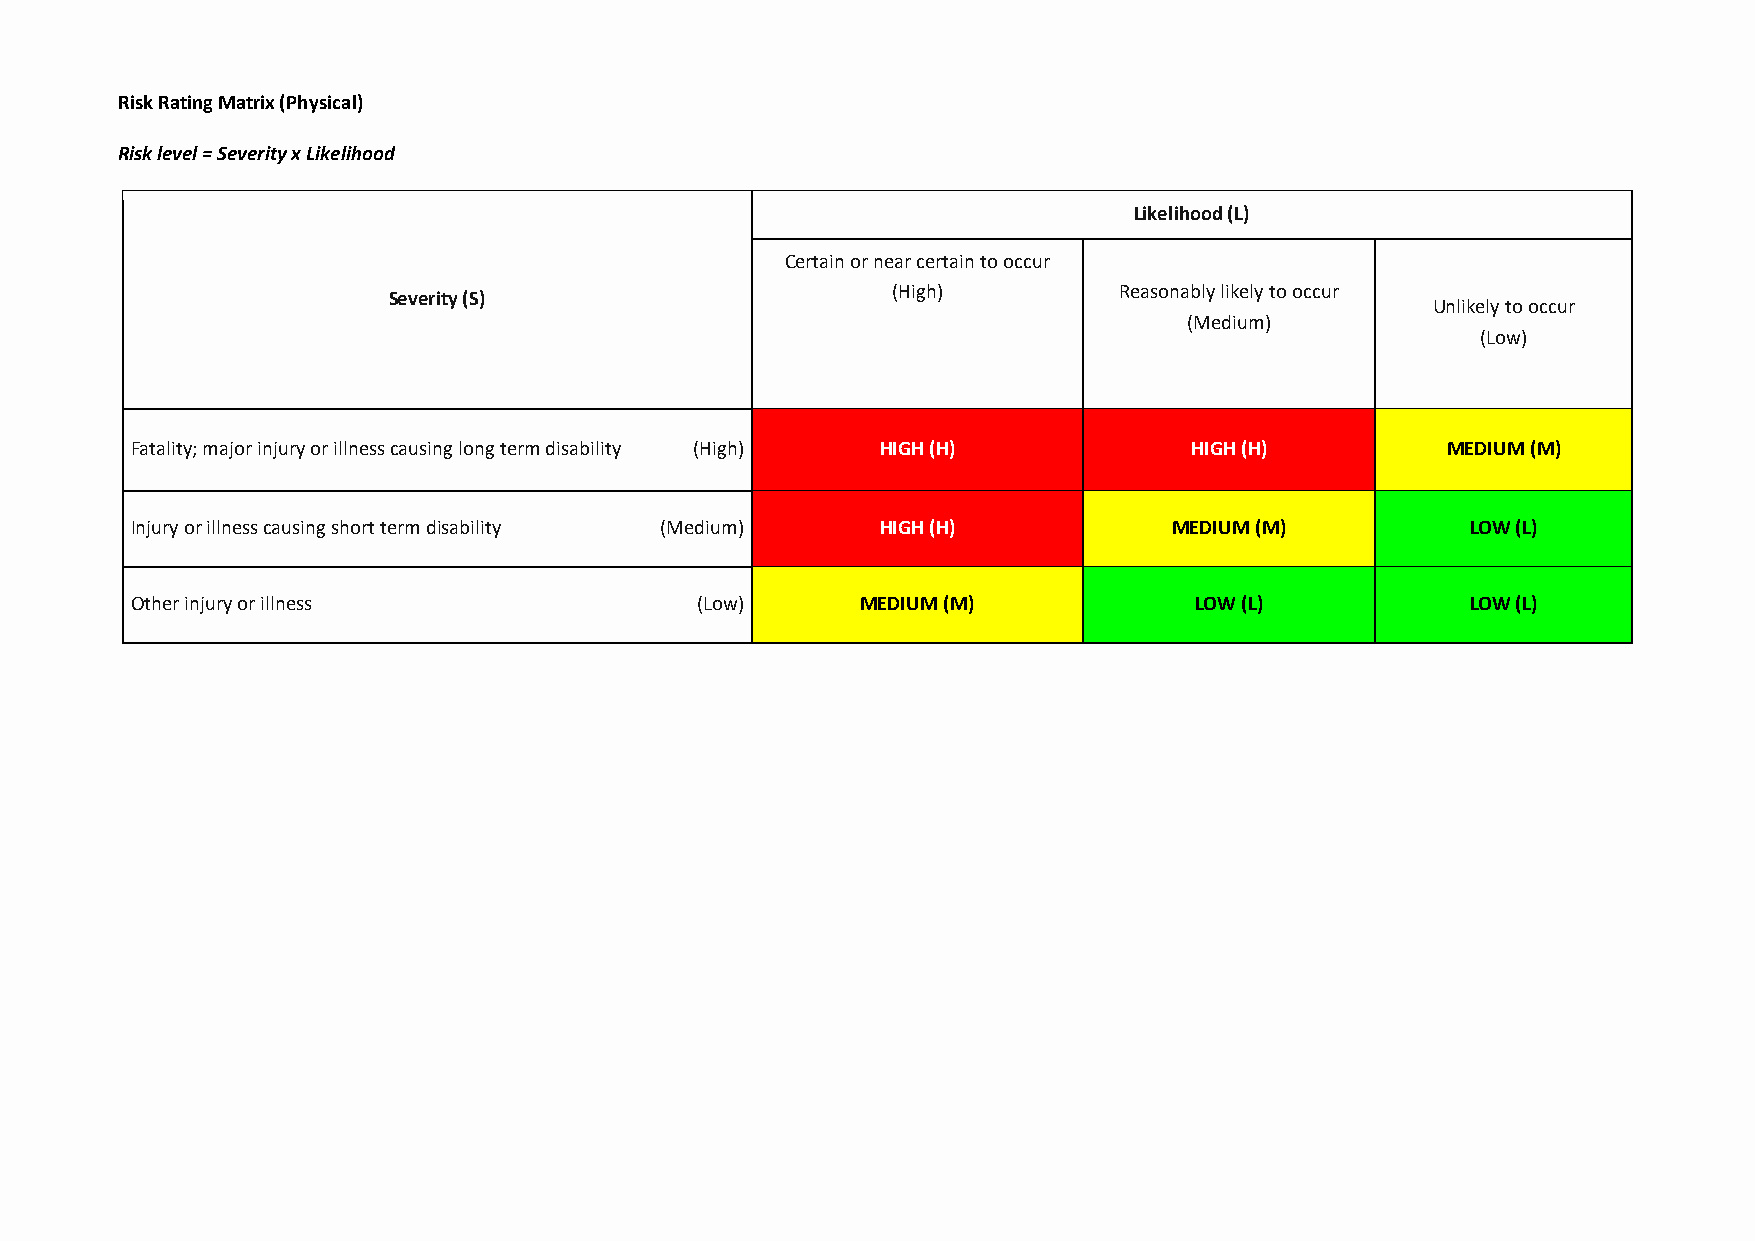
Risk Rating Matrix (Physical)
 Risk level = Severity x Likelihood
 Likelihood (L)
 Certain or near certain to occur
 (High)         Reasonably likely to occur
 Severity (S)
 Unlikely to occur
 (Medium)
 (Low)
 Fatality; major injury or illness causing long term disability (High) HIGH (H) HIGH (H) MEDIUM (M)
 Injury or illness causing short term disability (Medium) HIGH (H)    MEDIUM (M)         LOW (L)
 Other injury or illness              (Low)      MEDIUM (M)            LOW (L)           LOW (L)